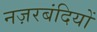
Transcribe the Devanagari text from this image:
नज़रबंदियों